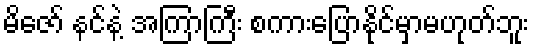
မိဇော် နင်နဲ့ အကြာကြီး စကားပြောနိုင်မှာမဟုတ်ဘူး